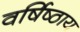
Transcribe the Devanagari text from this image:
वर्षिष्ठाय